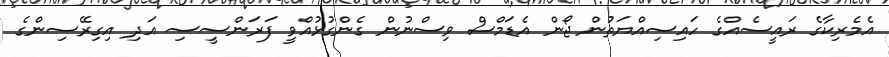
އެމެރިކާގެ ރައީސެއްގެ ހައިސިއްޔަތުން ޖޯން އެޑަމްސް ވިސްނުން ގެންގުޅުއްވީ ފަރަންސީސި އަދި އިގިރޭސިންގެ